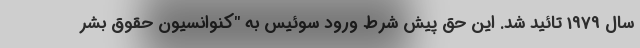
سال 1979 تائید شد. این حق پیش شرط ورود سوئیس به "کنوانسیون حقوق بشر